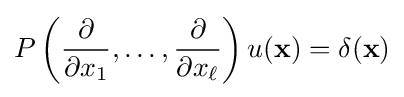
P\left({\frac {\partial }{\partial x_{1}}},\ldots ,{\frac {\partial }{\partial x_{\ell }}}\right)u(\mathbf {x} )=\delta (\mathbf {x} )